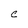
Character: C